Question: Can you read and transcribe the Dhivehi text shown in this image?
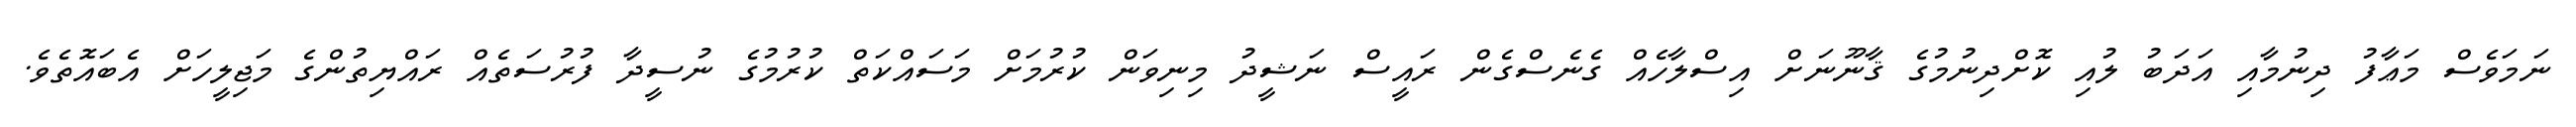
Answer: ނަމަވެސް މަޢާފު ދިނުމާއި އަދަބު ލުއި ކޮށްދިނުމުގެ ޤާނޫނަށް އިސްލާހެއް ގެނެސްގެން ރައީސް ނަޝީދު މިނިވަން ކުރުމަށް މަސައްކަތް ކުރުމުގެ ނުސީދާ ފުރުސަތެއް ރައްޔިތުންގެ މަޖިލީހަށް އެބައޮތެވެ.